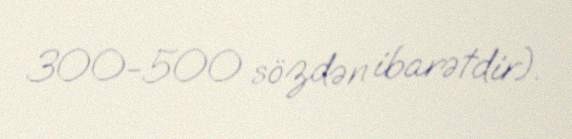
300-500 sözdən ibarətdir).